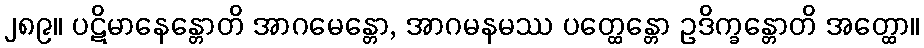
၂၈၉။ ပဋိမာနေန္တောတိ အာဂမေန္တော, အာဂမနမဿ ပတ္ထေန္တော ဥဒိက္ခန္တောတိ အတ္ထော။